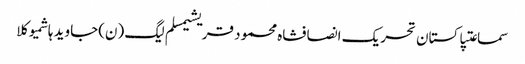
سماعتپاکستان تحریک انصافشاہ محمود قریشیمسلم لیگ (ن)جاوید ہاشمیوکلا